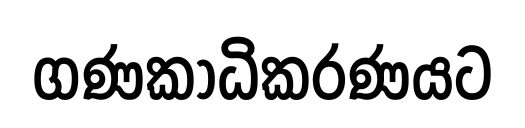
ගණකාධිකරණයට